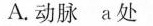
A.动脉 a处